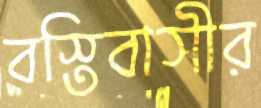
বস্তিবাসীর